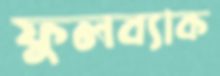
ফুলব্যাক